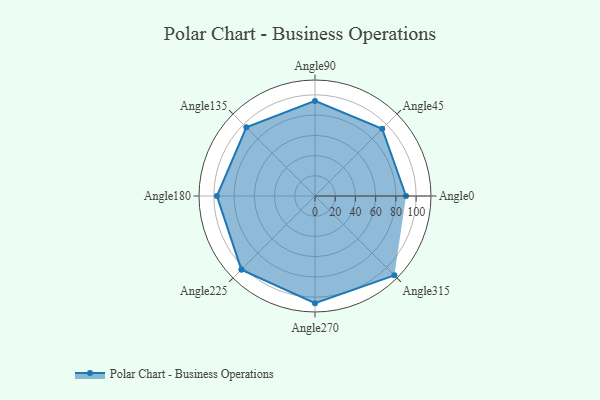
{"axis": {"x": "Angle", "y": "Radius"}, "legend": [""], "data": [{"x": "Angle0", "y": 90.0, "type": ""}, {"x": "Angle45", "y": 94.0, "type": ""}, {"x": "Angle90", "y": 94.0, "type": ""}, {"x": "Angle135", "y": 96.0, "type": ""}, {"x": "Angle180", "y": 97.0, "type": ""}, {"x": "Angle225", "y": 103.0, "type": ""}, {"x": "Angle270", "y": 106.0, "type": ""}, {"x": "Angle315", "y": 111.0, "type": ""}]}